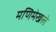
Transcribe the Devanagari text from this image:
मणिमेखले